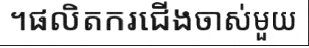
។ផលិតករជើងចាស់មួយ